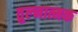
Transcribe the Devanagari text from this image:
तुल्नात्मक